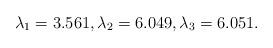
LaTeX: \begin{align*}\lambda_1 = 3.561, \lambda_2 = 6.049, \lambda_3 = 6.051.\end{align*}